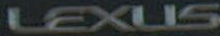
LEXUS